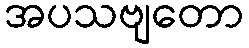
အပသဗျတော